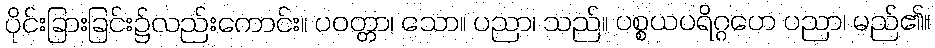
ပိုင်းခြားခြင်း၌လည်းကောင်း။ ပဝတ္တာ၊ သော။ ပညာ၊ သည်။ ပစ္စယပရိဂ္ဂဟေ ပညာ၊ မည်၏။